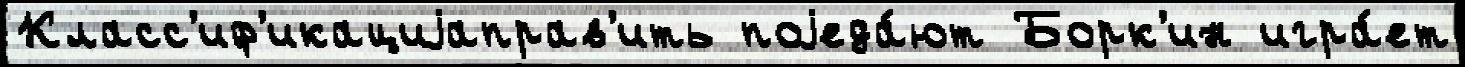
Класс'иф'икациjаправ'ить поjеда́ют Борк'ин игра́ет